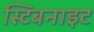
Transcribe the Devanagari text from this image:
स्टिबनाइट